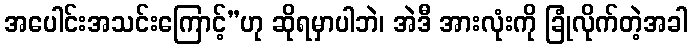
အပေါင်းအသင်းကြောင့်”ဟု ဆိုရမှာပါဘဲ၊ အဲဒီ အားလုံးကို ခြုံလိုက်တဲ့အခါ